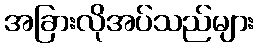
အခြားလိုအပ်သည်များ